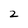
Character: 2